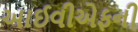
આઈવીએફની